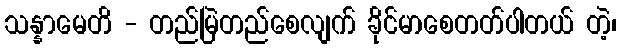
သန္နာမေတိ - တည်မြဲတည်စေလျက် ခိုင်မာစေတတ်ပါတယ် တဲ့၊